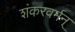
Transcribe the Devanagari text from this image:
शंकरवर्मन्